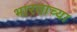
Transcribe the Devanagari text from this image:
भारताच्‍या